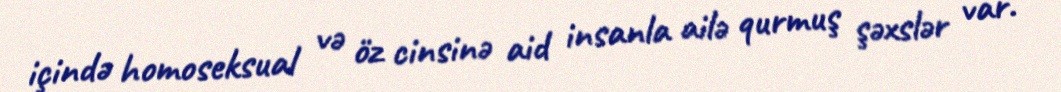
içində homoseksual və öz cinsinə aid insanla ailə qurmuş şəxslər var.